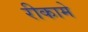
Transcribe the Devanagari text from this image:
रीकामे